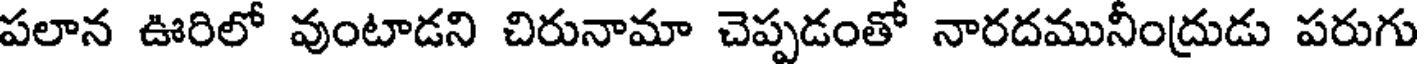
పలాన ఊరిలో వుంటాడని చిరునామా చెప్పడంతో నారదమునీంద్రుడు పరుగు